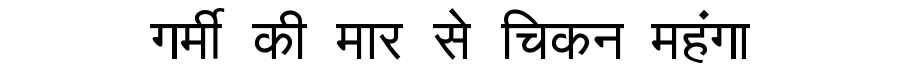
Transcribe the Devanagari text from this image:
गर्मी की मार से चिकन महंगा